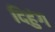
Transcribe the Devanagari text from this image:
दिहुंग